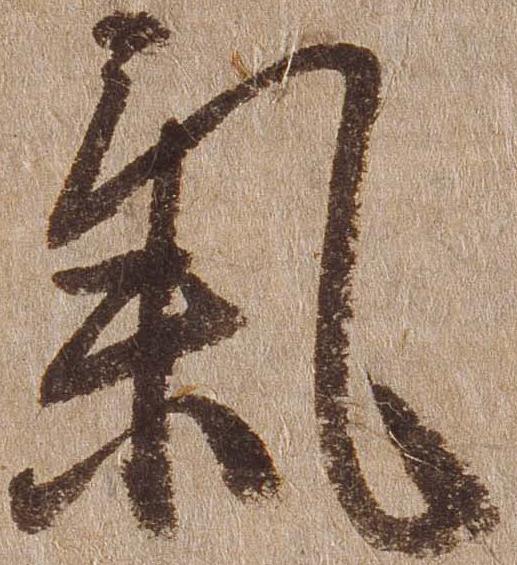
気